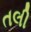
તલી